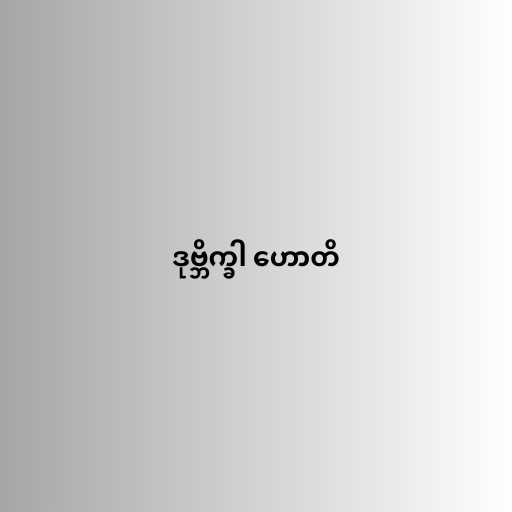
ဒုဗ္ဘိက္ခါ ဟောတိ